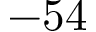
- 5 4